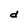
Character: d